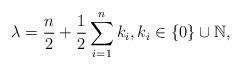
LaTeX: \begin{align*}\lambda=\frac n2+\frac12\sum_{i=1}^nk_i, k_i\in \{0\}\cup\mathbb{N},\end{align*}